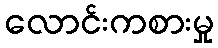
လောင်းကစားမှု